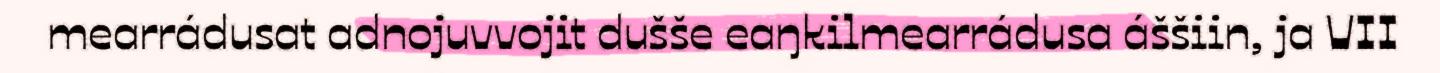
mearrádusat adnojuvvojit dušše eaŋkilmearrádusa áššiin, ja VII